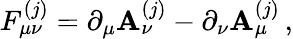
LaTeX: F_{\mu\nu}^{(j)}=\partial_{\mu}\mathbf{A}_{\nu}^{(j)}-\partial_{\nu}\mathbf{A}_{\mu}^{(j)}\, ,